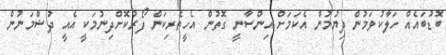
ބޮޑުބައެއް ހަލާކުވަމުން ދިޔުމުން އެކަމަށް އިންސާނީ ގޮތުން އެހީތެރިކަން ފޯރުކޮށްދިނުމަކީ އެއީ ދުޝްމަނުން